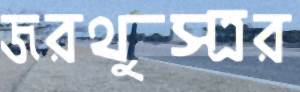
জরথুস্ত্রর